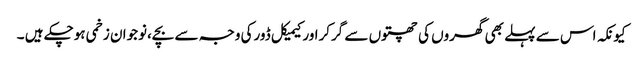
کیونکہ اس سے پہلے بھی گھروں کی چھتوں سے گرکراورکیمیکل ڈورکی وجہ سے بچے،نوجوان زخمی ہوچکے ہیں ۔